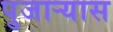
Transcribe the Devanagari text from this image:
पुजार्‍यास